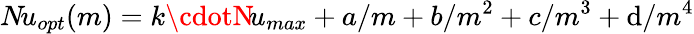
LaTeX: N\! u_{opt}(m)=k\cdotN\! u_{max}+a/m+b/m^{2}+c/m^{3}+\mathrm{d}/m^{4}